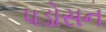
પડોસન